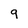
Character: 9